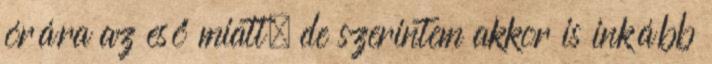
órára az eső miatt, de szerintem akkor is inkább